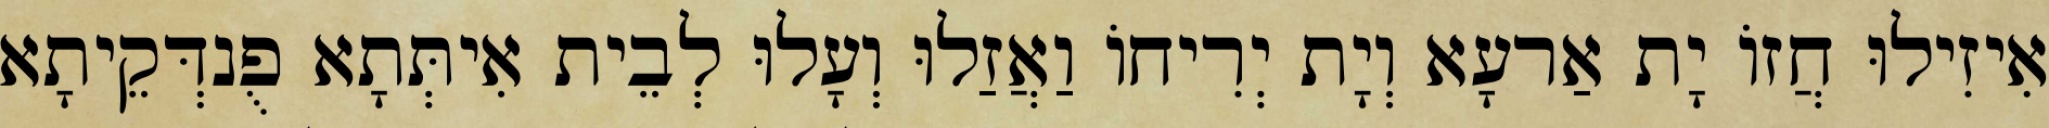
אִיזִילוּ חֲזוֹ יָת אַרעָא וְיָת יְרִיחוֹ וַאֲזַלוּ וְעָלוּ לְבֵית אִיתְּתָא פֻנדְּקֵיתָא